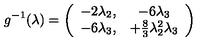
g ^ { - 1 } ( \lambda ) = \left( \begin{array} { c c } { - 2 \lambda _ { 2 } , } & { - 6 \lambda _ { 3 } } \\ { - 6 \lambda _ { 3 } , } & { + \frac 8 3 \lambda _ { 2 } ^ { 2 } \lambda _ { 3 } } \\ \end{array} \right)